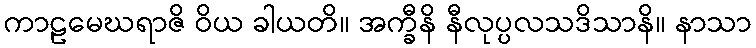
ကာဠမေဃရာဇိ ဝိယ ခါယတိ။ အက္ခီနိ နီလုပ္ပလသဒိသာနိ။ နာသာ